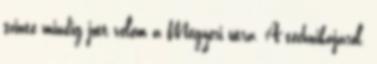
szinte mindig jött velem a Megyeri útra. A technikájáról.